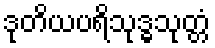
ဒုတိယပရိသုဒ္ဓသုတ္တံ